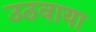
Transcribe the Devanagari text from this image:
उठवाया